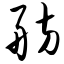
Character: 舫